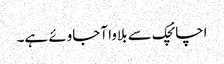
اچانچک سے بلاوا آجاوئے ہے۔